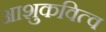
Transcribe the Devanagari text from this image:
आशुकवित्व